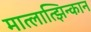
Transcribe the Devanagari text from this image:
मात्लात्झिन्कान